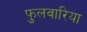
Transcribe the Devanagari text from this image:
फुलवारिया